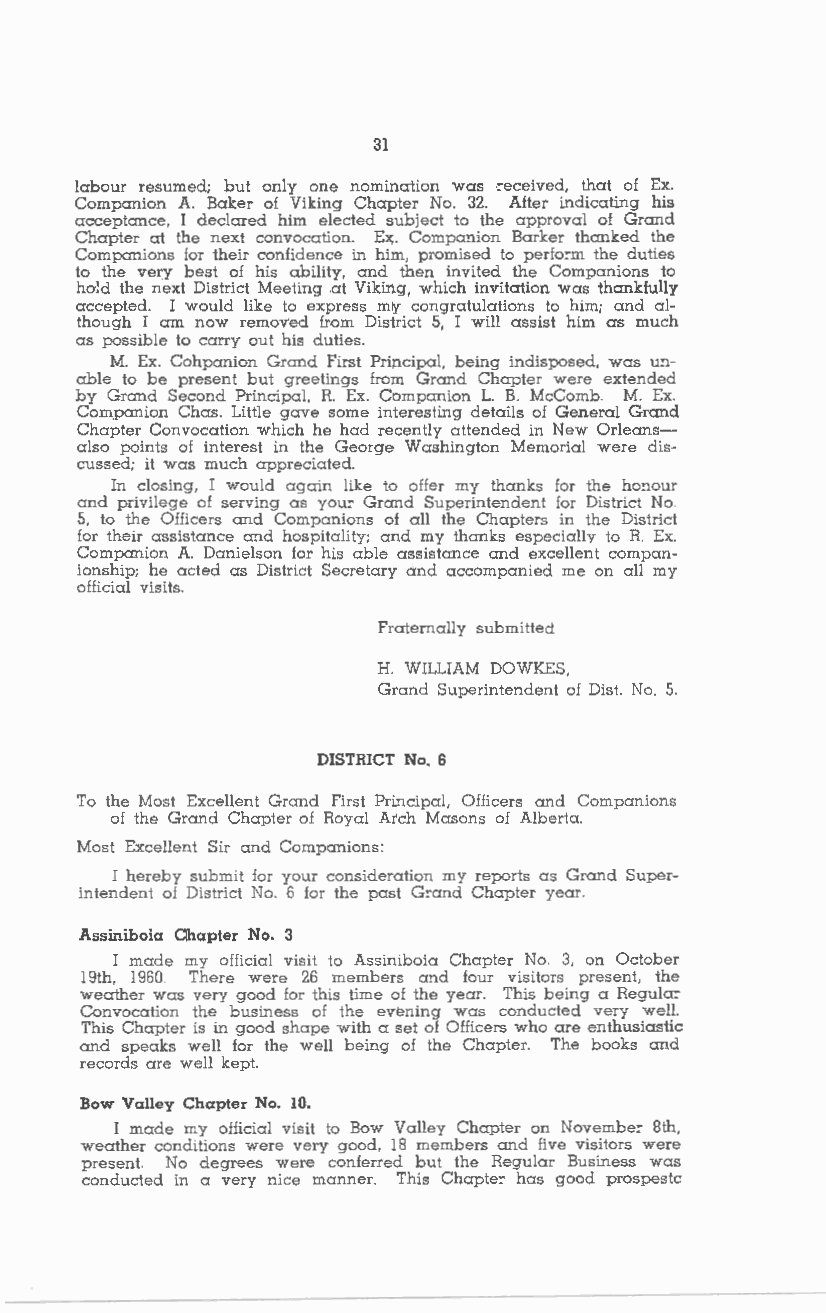
31
 labour resumed; but only one nomination was ,:eceived, that of Ex.
 Companion A. Baker of Viking Chapter No. 32. After indicating his
 acceptance, I declared him elected subject to the approval of Grand
 Chapter at the next convocation. Ex. Companion Barker thanked the
 Companions for their confidence in him, promised to perfo:m the duties
 to the very best of his ability, and then invited the Companions to
 hold the next District Meeting at Viking, which invitation was thankfully
 accepted. I would like to express my congratulations to him; and al
 though I am now removed from District 5, I will assist him as much
 as possible to carry out his duties.
 M. Ex. Cohpanion Grand First Principal, being indisposed, was un
 able to be present but greetings from Grand Chapter were extended
 by Grand Second Principal, R. Ex. Companion L. B. McComb. M. Ex.
 Companion Chas. Little gave some interesting details of General Grand
 Chapter Convocation which he had recently attended in New Orleans
 also points of interest in the George Washington Memorial were dis
 cussed; it was much appreciated.
 In closing, I would again like to offer my thanks for the honour
 and privilege of serving as you~ Grand Superintendent for District No.
 5, to the Officers and Companions of all the Chapters in the District
 for their assistance and hospitality; and my thanks especially to R. Ex.
 Companion A. Danielson for his able assistance and excellent compan
 ionship; he acted as District Secretary and accompanied me on all my
 official visits.
 Fraternally submitted
 H. WILLIAM DOWKES,
 Grand Superintendent of Dist. No. 5.
 DISTRICT No. 6
 To the Most Excellent Grand First Principal, Officers and Companions
 of the Grand Chapter of Royal Arch Masons of Alberta.
 Most Excellent Sir and Companions:
 I hereby submit for your consideration my reports as Grand Super
 intendent of District No. 6 for the past G:and Chapter year.
 Assiniboia Ohapter No. 3
 I made my official visit to Assiniboia Chapter No. 3, on October
 19th, 1960. There were 26 members and four visitors present, the
 weather was very good for this time of the year. This being a Regula:
 Convocation the business of the evening was conducted very well.
 This Chapter is in good shape with a set of Officers who are enthusiastic
 and speaks well for the well being of the Chapter. The books and
 records are well kept.
 Bow Valley Chapter No. 10.
 I made my official visit to Bow Valley Chapter on Novembe: 8th,
 weather conditions were very good, 18 members and five visitors were
 present. No degrees were conferred but the Regular Business was
 conducted in a very nice manner. This Chaple: has good prospestc